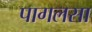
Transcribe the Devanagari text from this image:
पागलसा